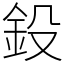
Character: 鈠